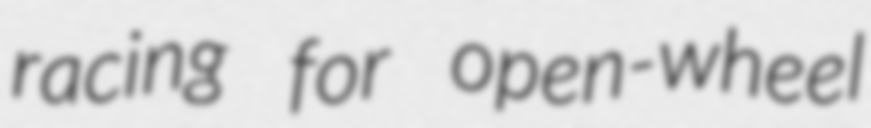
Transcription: racing for open-wheel